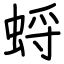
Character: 蛶